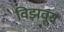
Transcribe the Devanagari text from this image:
विझवून